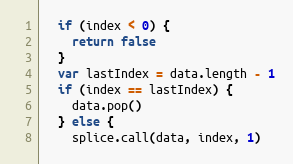
Language: JavaScript
  if (index < 0) {
    return false
  }
  var lastIndex = data.length - 1
  if (index == lastIndex) {
    data.pop()
  } else {
    splice.call(data, index, 1)